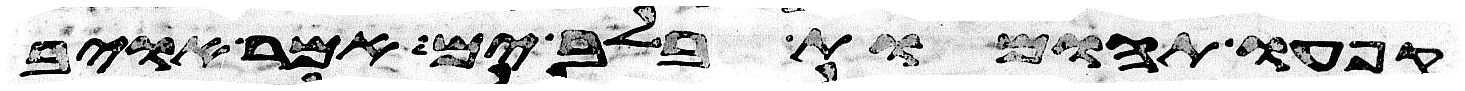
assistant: קפאו תהומות בלב ים אמר אויב